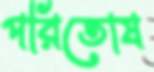
পরিতোষ